Vaccination in the Punjab 1883-1896 - 1883-1896
Year: 1883
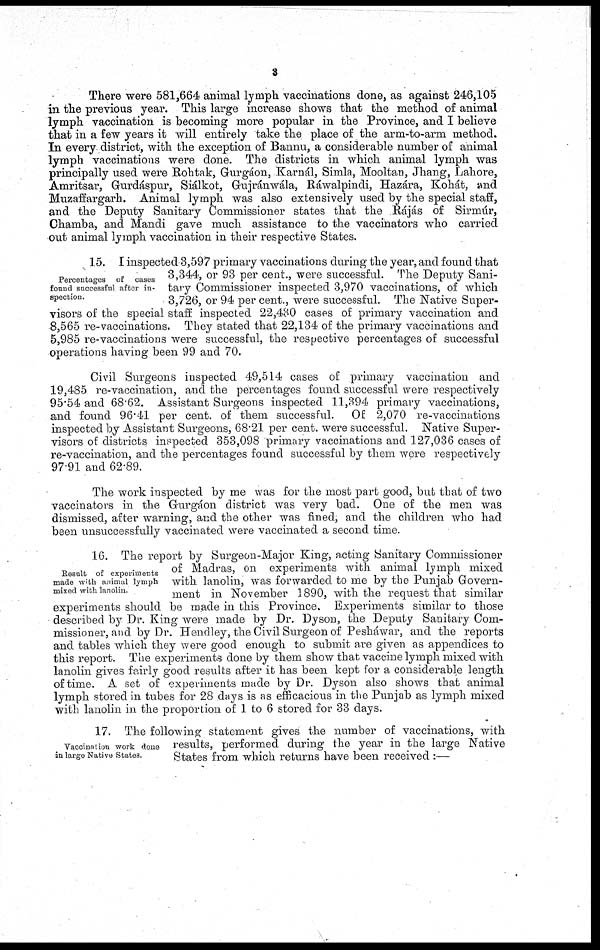
3
There were 581,664 animal lymph vaccinations done, as against 246,105
in the previous year. This large increase shows that the method of animal
lymph vaccination is becoming more popular in the Province, and I believe
that in a few years it will entirely take the place of the arm-to-arm method.
In every district, with the exception of Bannu, a considerable number of animal
lymph vaccinations were done. The districts in which animal lymph was
principally used were Rohtak, Gurgáon, Karnál, Simla, Mooltan, Jhang, Lahore,
Amritsar, Gurdáspur, Siálkot, Gujránwála, Ráwalpindi, Hazára, Kohát, and
Muzaffargarh. Animal lymph was also extensively used by the special staff,
and the Deputy Sanitary Commissioner states that the Rájás of Sirmúr,
Chamba, and Mandi gave much assistance to the vaccinators who carried
out animal lymph vaccination in their respective States.
Percentages of cases
found successful after in-
spection.
15. I inspected 3,597 primary vaccinations during the year, and found that
3,344, or 93 per cent., were successful. The Deputy Sani-
tary Commissioner inspected 3,970 vaccinations, of which
3,726, or 94 per cent., were successful. The Native Super-
visors of the special staff inspected 22,430 cases of primary vaccination and
8,565 re-vaccinations. They stated that 22,134 of the primary vaccinations and
5,985 re-vaccinations were successful, the respective percentages of successful
operations having been 99 and 70.
Civil Surgeons inspected 49,514 cases of primary vaccination and
19,485 re-vaccination, and the percentages found successful were respectively
95.54 and 68.62. Assistant Surgeons inspected 11,394 primary vaccinations,
and found 96.41 per cent. of them successful.
Of 2,070 re-vaccinations
inspected by Assistant Surgeons, 68.21 per cent. were successful. Native Super-
visors of districts inspected 353,098 primary vaccinations and 127,036 cases of
re-vaccination, and the percentages found successful by them were respectively
97.91 and 62.89.
The work inspected by me was for the most part good, but that of two
vaccinators in the Gurgáon district was very bad. One of the men was
dismissed, after warning, and the other was fined, and the children who had
been unsuccessfully vaccinated were vaccinated a second time.
Result of experiments
made with animal lymph
mixed with lanolin.
16. The report by Surgeon-Major King, acting Sanitary Commissioner
of Madras, on experiments with animal lymph mixed
with lanolin, was forwarded to me by the Punjab Govern-
ment in November 1890, with the request that similar
experiments should be made in this Province. Experiments similar to those
described by Dr. King were made by Dr. Dyson, the Deputy Sanitary Com-
missioner, and by Dr. Hendley, the Civil Surgeon of Pesháwar, and the reports
and tables which they were good enough to submit are given as appendices to
this report. The experiments done by them show that vaccine lymph mixed with
lanolin gives fairly good results after it has been kept for a considerable length
of time. A set of experiments made by Dr. Dyson also shows that animal
lymph stored in tubes for 28 days is as efficacious in the Punjab as lymph mixed
with lanolin in the proportion of 1 to 6 stored for 33 days.
Vaccination work done
in large Native States.
17. The following statement gives the number of vaccinations, with
results, performed during the year in the large Native
States from which returns have been received :—